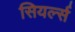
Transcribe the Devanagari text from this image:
सियर्ल्स